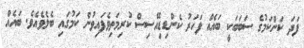
ފަދަ ކަންކަމުގެ ސަބަބަކީ ބައެއް ފަހަރު ކެންޑިޑިއޭސިސް ކުރިމަތިވެފައިވުން ކަމުގައި ބެލެވެއެވެ. ބައެއް